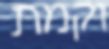
וקמת